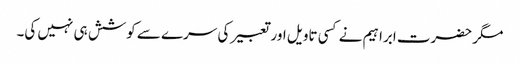
مگر حضرت ابراہیم نے کسی تاویل اور تعبیر کی سرے سے کوشش ہی نہیں کی۔